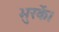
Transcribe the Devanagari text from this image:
भुरकें।